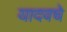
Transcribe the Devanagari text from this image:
यादवचे